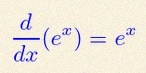
\frac{d}{dx}(e^x)=e^x